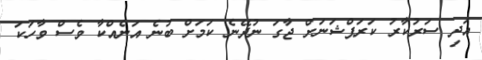
އަދި ސަރުކާރު ކަރަޕްޝަނަށް ޖާގަ ނުދޭނެ ކަމަށް ބުނެ އަނެއްކާ ވެސް ވާހަކަ